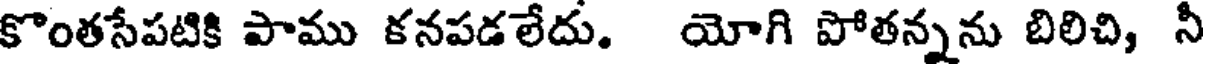
కొంతసేపటికి పాము కనపడలేదు. యోగి పోతన్నను బిలిచి, నీ